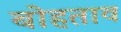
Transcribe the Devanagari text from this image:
बोहताव